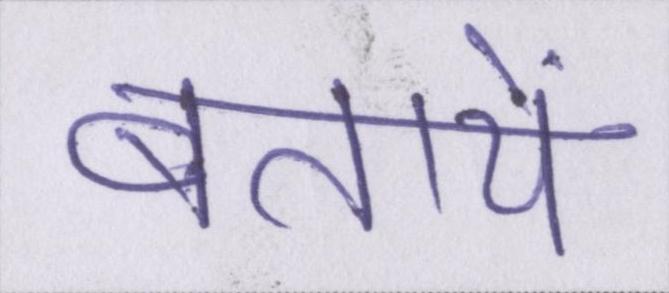
बतायें